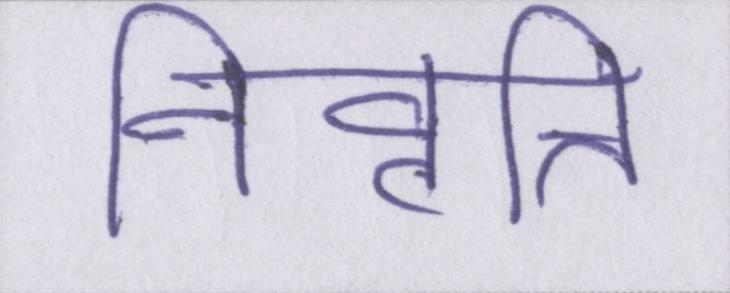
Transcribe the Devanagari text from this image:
निवृत्ति